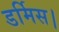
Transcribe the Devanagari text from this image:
डर्मिस।